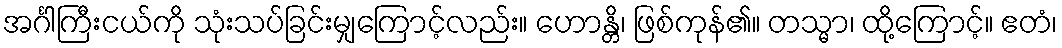
အင်္ဂါကြီးငယ်ကို သုံးသပ်ခြင်းမျှကြောင့်လည်း။ ဟောန္တိ၊ ဖြစ်ကုန်၏။ တသ္မာ၊ ထို့ကြောင့်။ ဧတံ၊